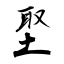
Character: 埾